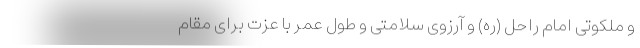
و ملکوتی امام راحل (ره) و آرزوی سلامتی و طول عمر با عزت برای مقام